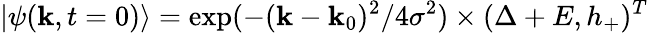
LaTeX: |\psi(\mathbf{k},t=0)\rangle=\exp(-(\mathbf{k}-\mathbf{k}_{0})^{2}/4\sigma^{2})\times(\Delta+E,h_{+})^{T}